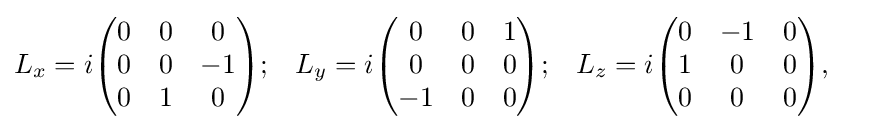
{\begin{aligned}L_{x}&=i{\begin{pmatrix}0&0&0\\0&0&-1\\0&1&0\end{pmatrix}};&L_{y}&=i{\begin{pmatrix}0&0&1\\0&0&0\\-1&0&0\end{pmatrix}};&L_{z}&=i{\begin{pmatrix}0&-1&0\\1&0&0\\0&0&0\end{pmatrix}},\end{aligned}}